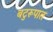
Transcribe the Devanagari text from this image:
बटुरूपात